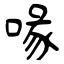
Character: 喙